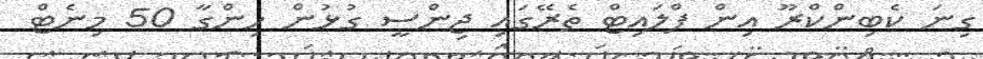
ގިނަ ކެބިންކްރޫ އިން ފްލައިޓް ތެރޭގައި ޖިންސީ ގުޅުން ހިންގާ 50 މިނެޓް